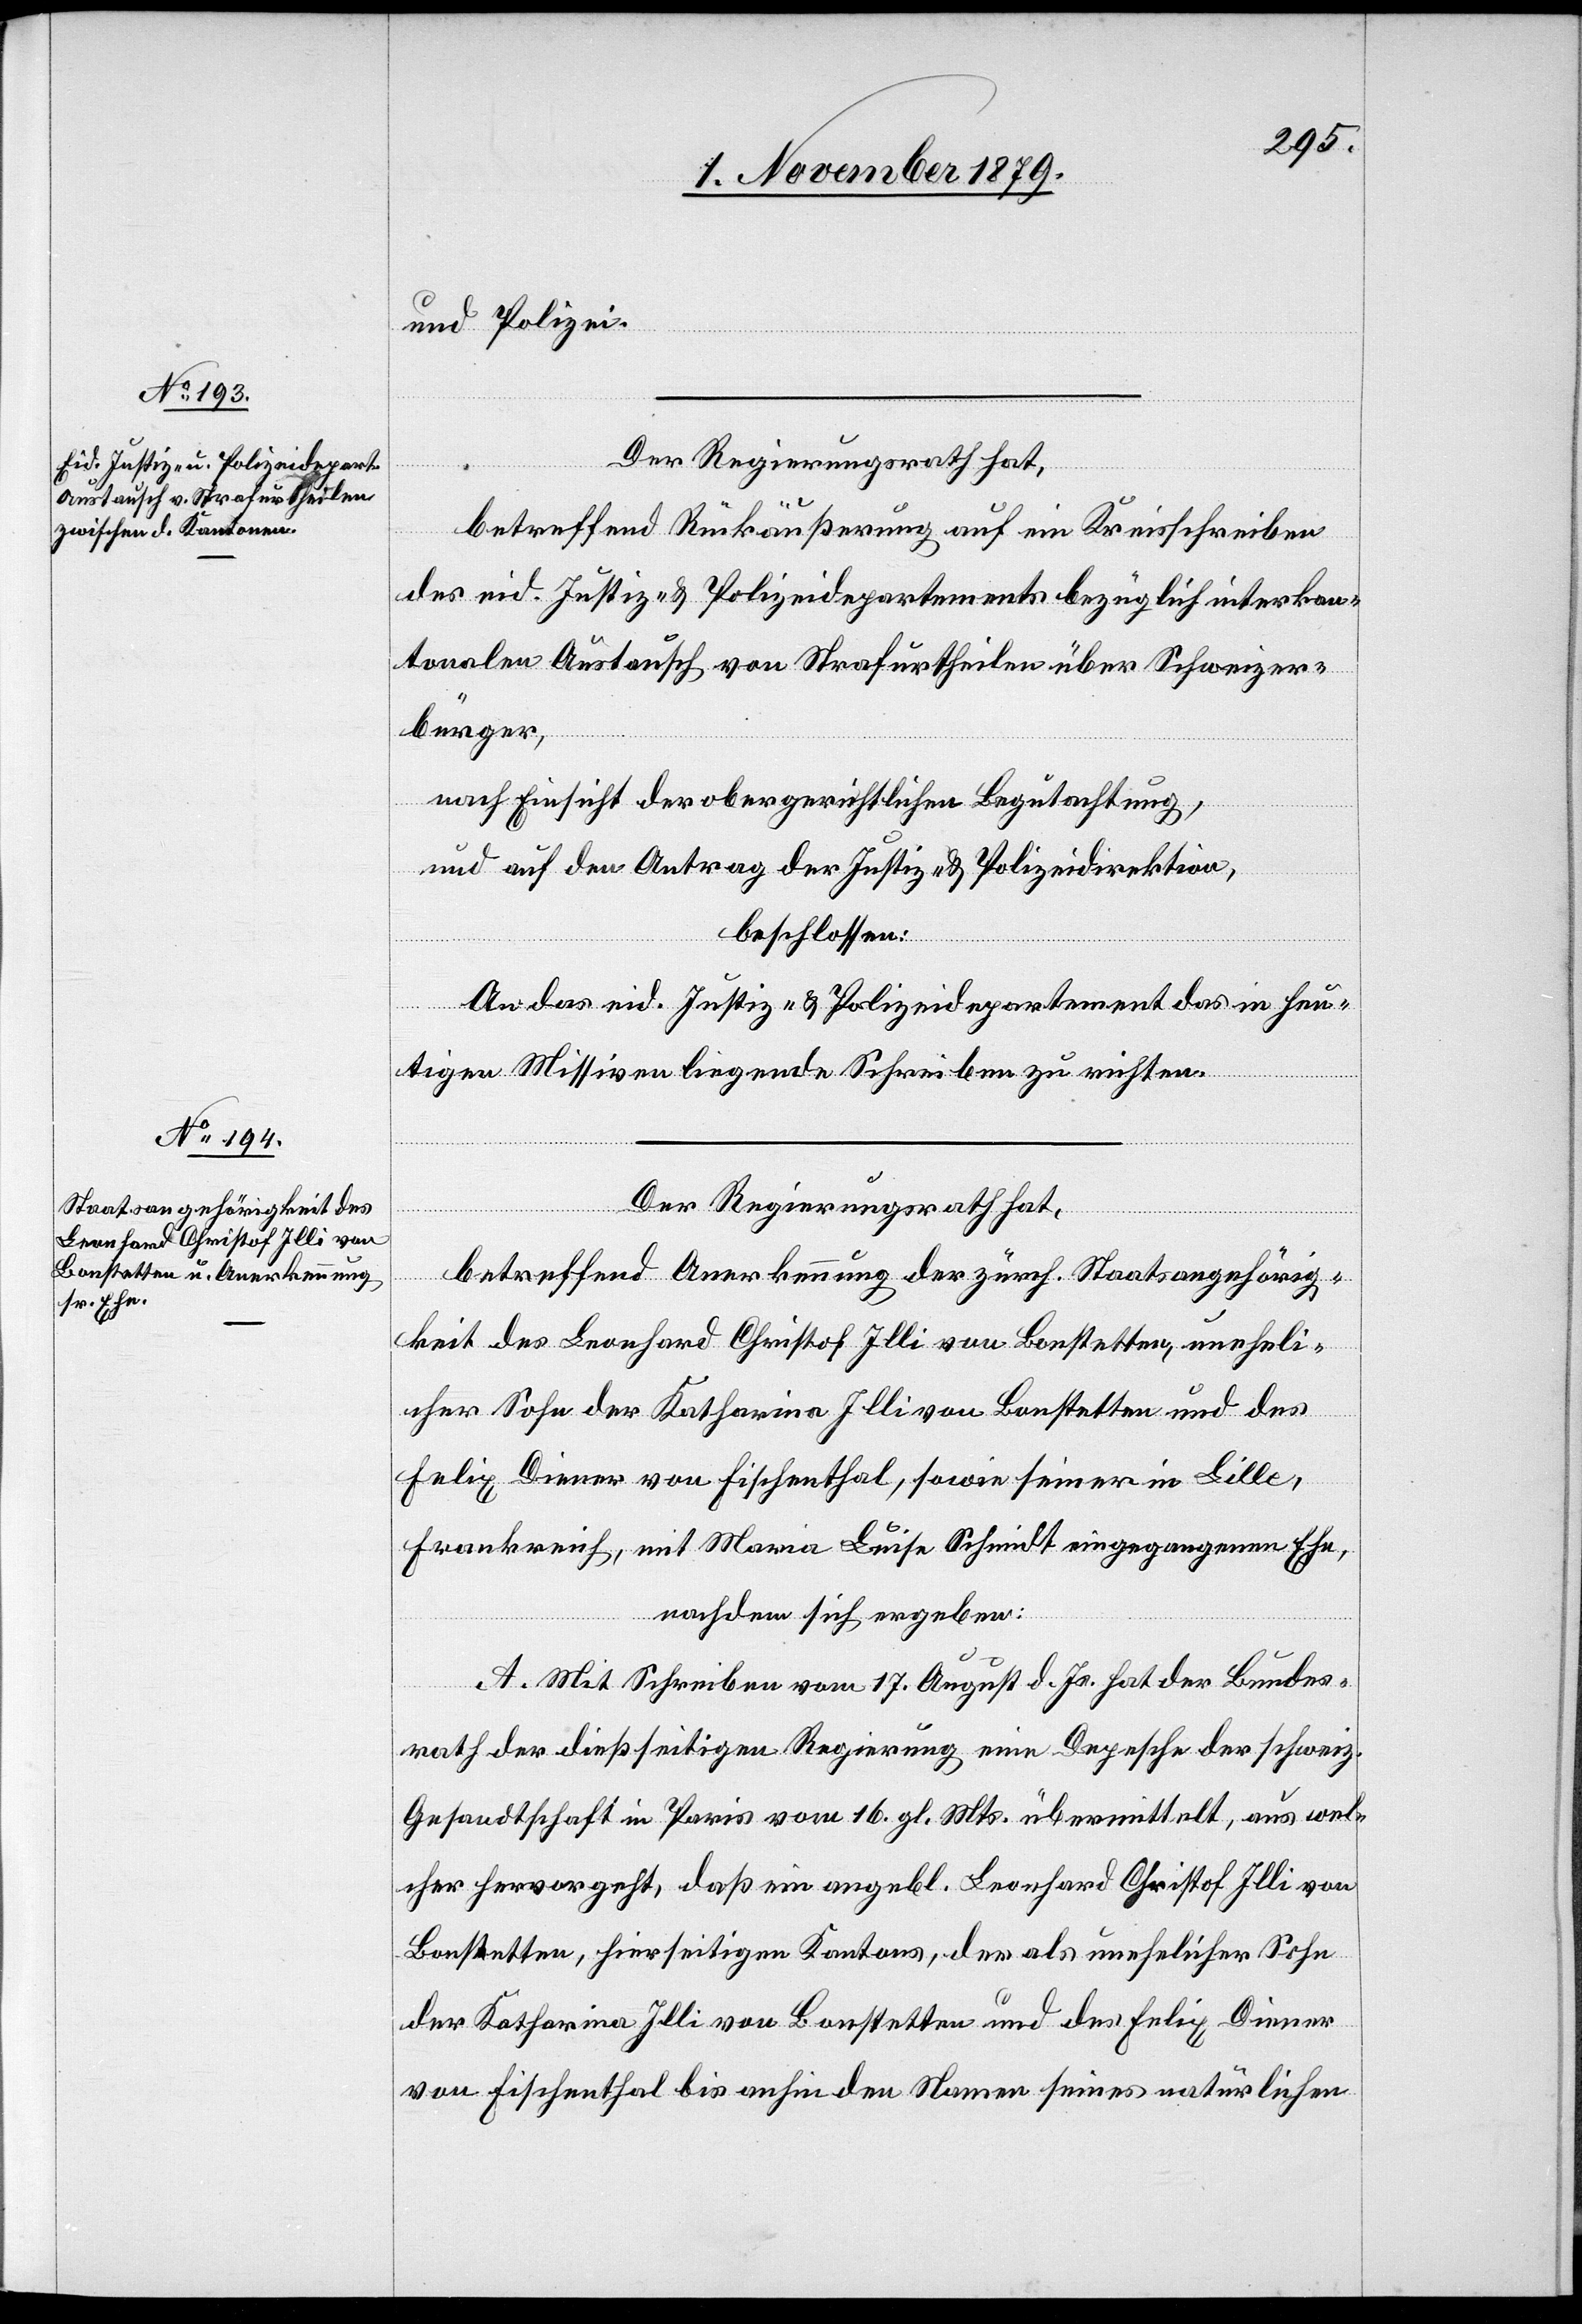
und Polizei.
Der Regierungsrath hat,
betreffend Rückäußerung auf ein Kreisschreiben
des eid. Justiz- & Polizeidepartements bezüglich interkan¬
tonalen Austausch von Strafurtheilen über schweizer
Bürger,
nach Einsicht der obergerichtlichen Begutachtung,
und auf den Antrag der Justiz- & Polizeidirektion,
beschlossen:
An das eid. Justiz- & Polizeidepartement das in heu¬
tigen Missiven liegende Schreiben zu richten.
betreffend Anerkennung der zürch. Staatsangehörig¬
keit des Leonhard Christof Illi von Bonstetten, uneheli¬
cher Sohn der Katharina Illi von Bonstetten und des
Felix Diener von Fischenthal, sowie seiner in Lille,
Frankreich, mit Maria Luisa Schmidt eingegangenen Ehe,
nachdem sich ergeben:
A. Mit Schreiben vom 17. August d. Js. hat der Bundes¬
rath der dießseitigen Regierung eine Depesche der schweiz.
Gesandtschaft in Paris vom 16. gl. Mts. übermittelt, aus wel¬
cher hervorgeht, daß ein angebl. Leonhard Christof Illi von
Bonstetten, hierseitigen Kantons, der als unehelicher Sohn
der Katharina Illi von Bonstetten und des Felix Diener
von Fischenthal bis anhin den Namen seines natürlichen